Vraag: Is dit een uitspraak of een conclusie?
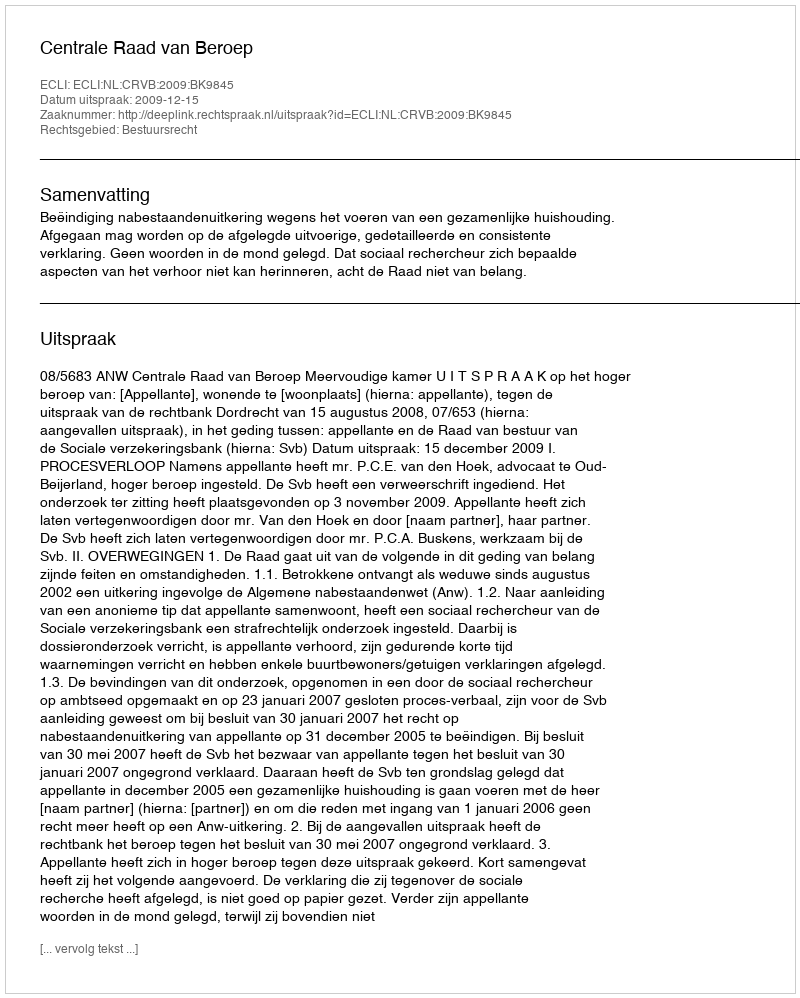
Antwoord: Uitspraak